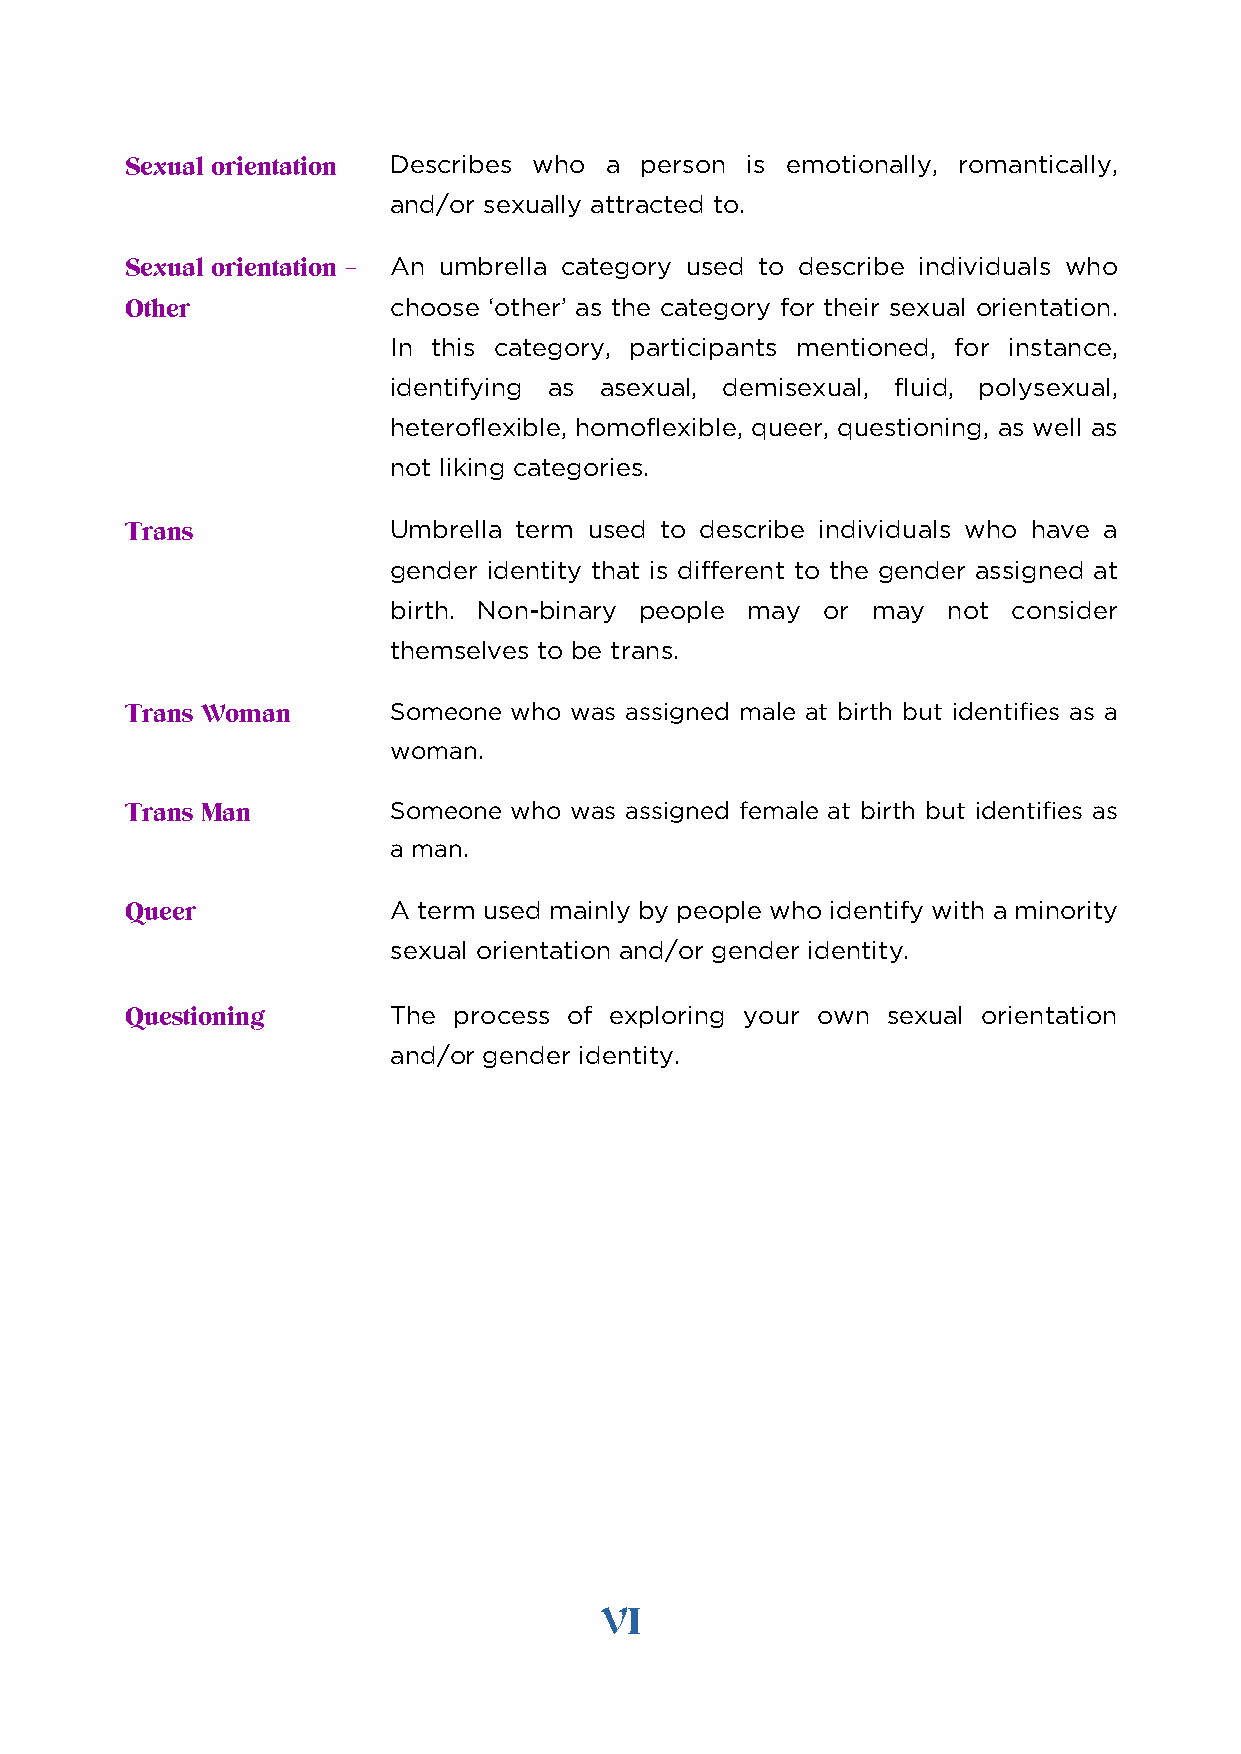
Describes who a person is emotionally, romantically,
 Sexual orientation
 and/or sexually attracted to.
 An umbrella category used to describe individuals who
 Sexual orientation –
 choose ‘other’ as the category for their sexual orientation.
 Other
 In this category, participants mentioned, for instance,
 identifying as asexual, demisexual, fluid, polysexual,
 heteroflexible, homoflexible, queer, questioning, as well as
 not liking categories.
 Umbrella term used to describe individuals who have a
 Trans
 gender identity that is different to the gender assigned at
 birth. Non-binary people may or may  not consider
 themselves to be trans.
 Someone who was assigned male at birth but identifies as a
 Trans Woman
 woman.
 Someone who was assigned female at birth but identifies as
 Trans Man
 a man.
 A term used mainly by people who identify with a minority
 Queer
 sexual orientation and/or gender identity.
 The process of exploring your own sexual orientation
 Questioning
 and/or gender identity.
 VI